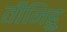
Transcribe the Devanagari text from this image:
तीनिहु